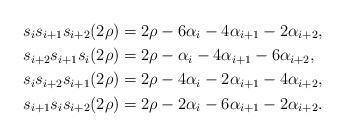
LaTeX: \begin{align*}s_i s_{i+1} s_{i+2}(2 \rho) &= 2\rho - 6 \alpha_{i}-4 \alpha_{i+1} - 2\alpha_{i+2}, \\s_{i+2} s_{i+1} s_{i}(2 \rho) &= 2 \rho - \alpha_{i} - 4 \alpha_{i+1} - 6 \alpha_{i+2},\\s_is_{i+2}s_{i+1} ( 2 \rho) &= 2 \rho - 4 \alpha_i -2 \alpha_{i+1} - 4 \alpha_{i+2}, \\s_{i+1}s_{i}s_{i+2} (2 \rho) &= 2 \rho - 2 \alpha_i -6 \alpha_{i+1} -2 \alpha_{i+2}. \end{align*}